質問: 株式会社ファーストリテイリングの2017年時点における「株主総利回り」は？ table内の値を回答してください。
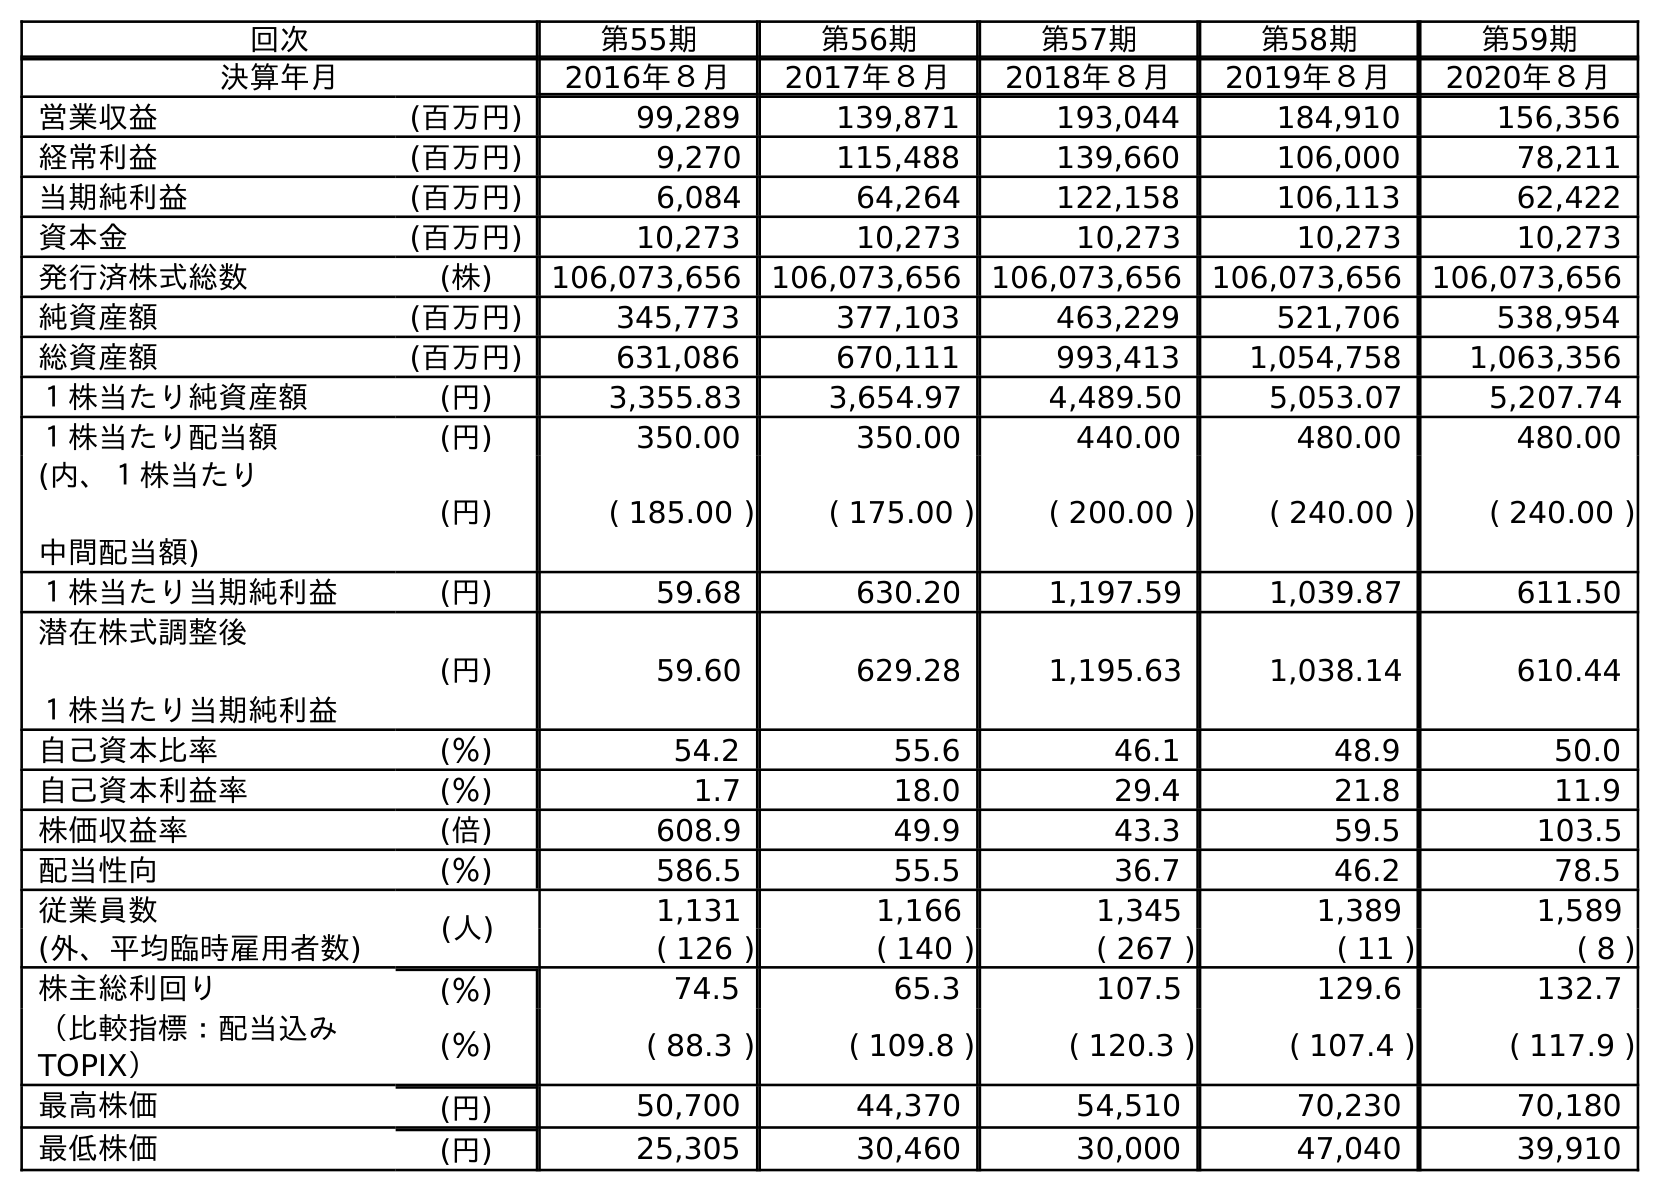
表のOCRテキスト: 回次 第55期 第56期 第57期 第58期 第59期 決算年月 2016年８月 2017年８月 2018年８月 2019年８月 2020年８月 営業収益 (百万円) 99,289 139,871 193,044 184,910 156,356 経常利益 (百万円) 9,270 115,488 139,660 106,000 78,211 当期純利益 (百万円) 6,084 64,264 122,158 106,113 62,422 資本金 (百万円) 10,273 10,273 10,273 10,273 10,273 発行済株式総数 (株) 106,073,656 106,073,656 106,073,656 106,073,656 106,073,656 純資産額 (百万円) 345,773 377,103 463,229 521,706 538,954 総資産額 (百万円) 631,086 670,111 993,413 1,054,758 1,063,356 １株当たり純資産額 (円) 3,355.83 3,654.97 4,489.50 5,053.07 5,207.74 １株当たり配当額 (円) 350.00 350.00 440.00 480.00 480.00 (内、１株当たり 中間配当額) (円) ( 185.00 ) ( 175.00 ) ( 200.00 ) ( 240.00 ) ( 240.00 ) １株当たり当期純利益 (円) 59.68 630.20 1,197.59 1,039.87 611.50 潜在株式調整後 １株当たり当期純利益 (円) 59.60 629.28 1,195.63 1,038.14 610.44 自己資本比率 (％) 54.2 55.6 46.1 48.9 50.0 自己資本利益率 (％) 1.7 18.0 29.4 21.8 11.9 株価収益率 (倍) 608.9 49.9 43.3 59.5 103.5 配当性向 (％) 586.5 55.5 36.7 46.2 78.5 従業員数 (人) 1,131 1,166 1,345 1,389 1,589 (外、平均臨時雇用者数) ( 126 ) ( 140 ) ( 267 ) ( 11 ) ( 8 ) 株主総利回り (％) 74.5 65.3 107.5 129.6 132.7 （比較指標：配当込み TOPIX） (％) ( 88.3 ) ( 109.8 ) ( 120.3 ) ( 107.4 ) ( 117.9 ) 最高株価 (円) 50,700 44,370 54,510 70,230 70,180 最低株価 (円) 25,305 30,460 30,000 47,040 39,910
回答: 65.3